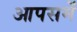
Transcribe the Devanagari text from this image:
आपसमें